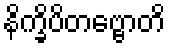
နိက္ခိပိတဗ္ဗောတိ